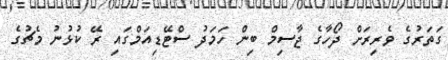
ގަތަރުގެ ވެރިރަށް ދޯހާގެ ޖާސިމް ބިން ހަމަދު ސްޓޭޑިއަމްގައި ރޭ ކުޅުނު މެޗުގެ